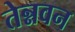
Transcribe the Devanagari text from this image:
तेन्नवन